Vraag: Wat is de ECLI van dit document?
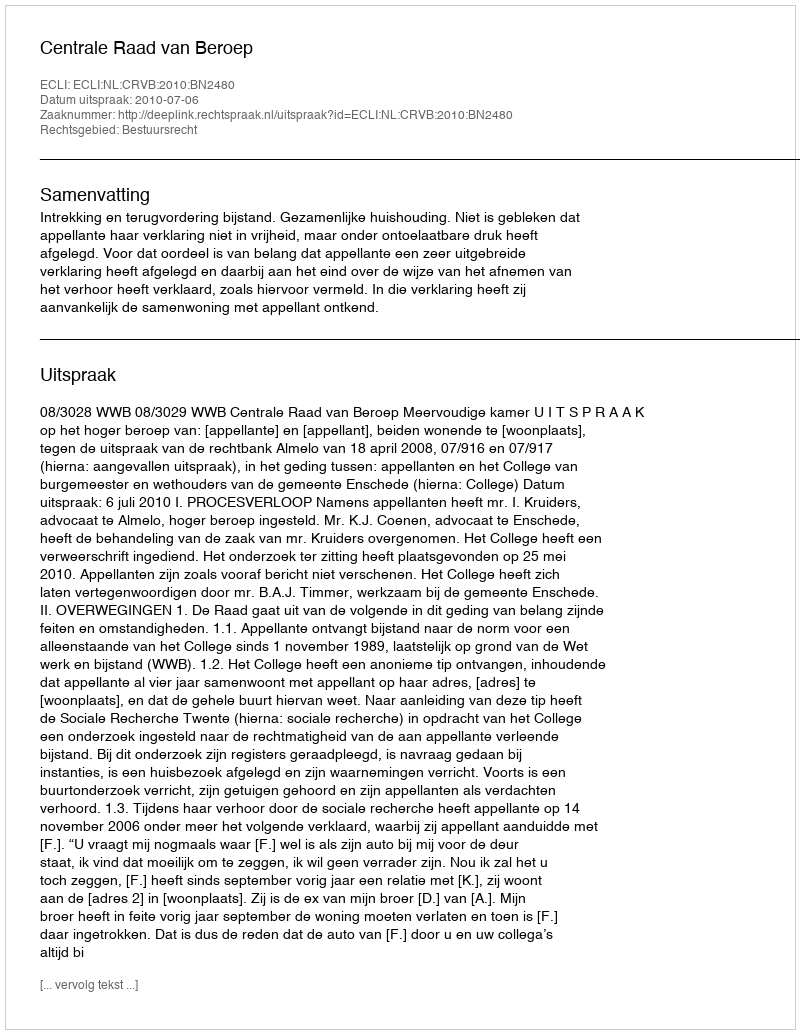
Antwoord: ECLI:NL:CRVB:2010:BN2480